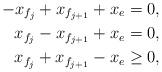
LaTeX: \begin{align*} -x_{f_j} + x_{f_{j+1}} + x_e &= 0, \\ x_{f_j} - x_{f_{j+1}} + x_e &= 0, \\ x_{f_j} + x_{f_{j+1}} - x_e &\geq 0, \end{align*}